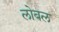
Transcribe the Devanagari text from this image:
लोबल